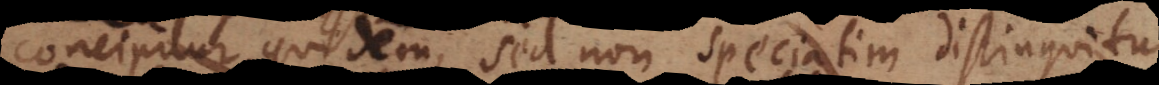
concipitur quidem, sed non speciatim distinguitur